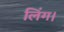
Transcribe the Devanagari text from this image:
लिंग।